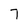
Character: 7